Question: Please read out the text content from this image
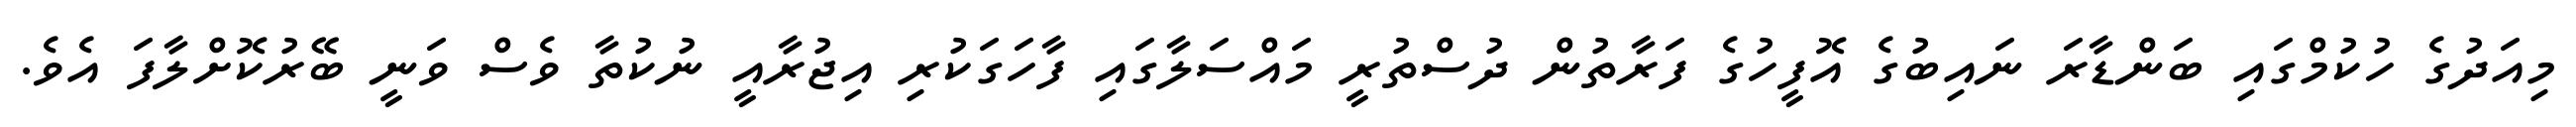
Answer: މިއަދުގެ ހުކުމްގައި ބަންޑާރަ ނައިބުގެ އޮފީހުގެ ފަރާތުން ދުސްތުރީ މައްސަލާގައި ފާހަގަކުރި އިޖުރާއީ ނުކުތާ ވެސް ވަނީ ބޭރުކޮށްލާފަ އެވެ.